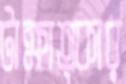
টাক্ষাত্কার